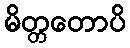
မိတ္တတောပိ